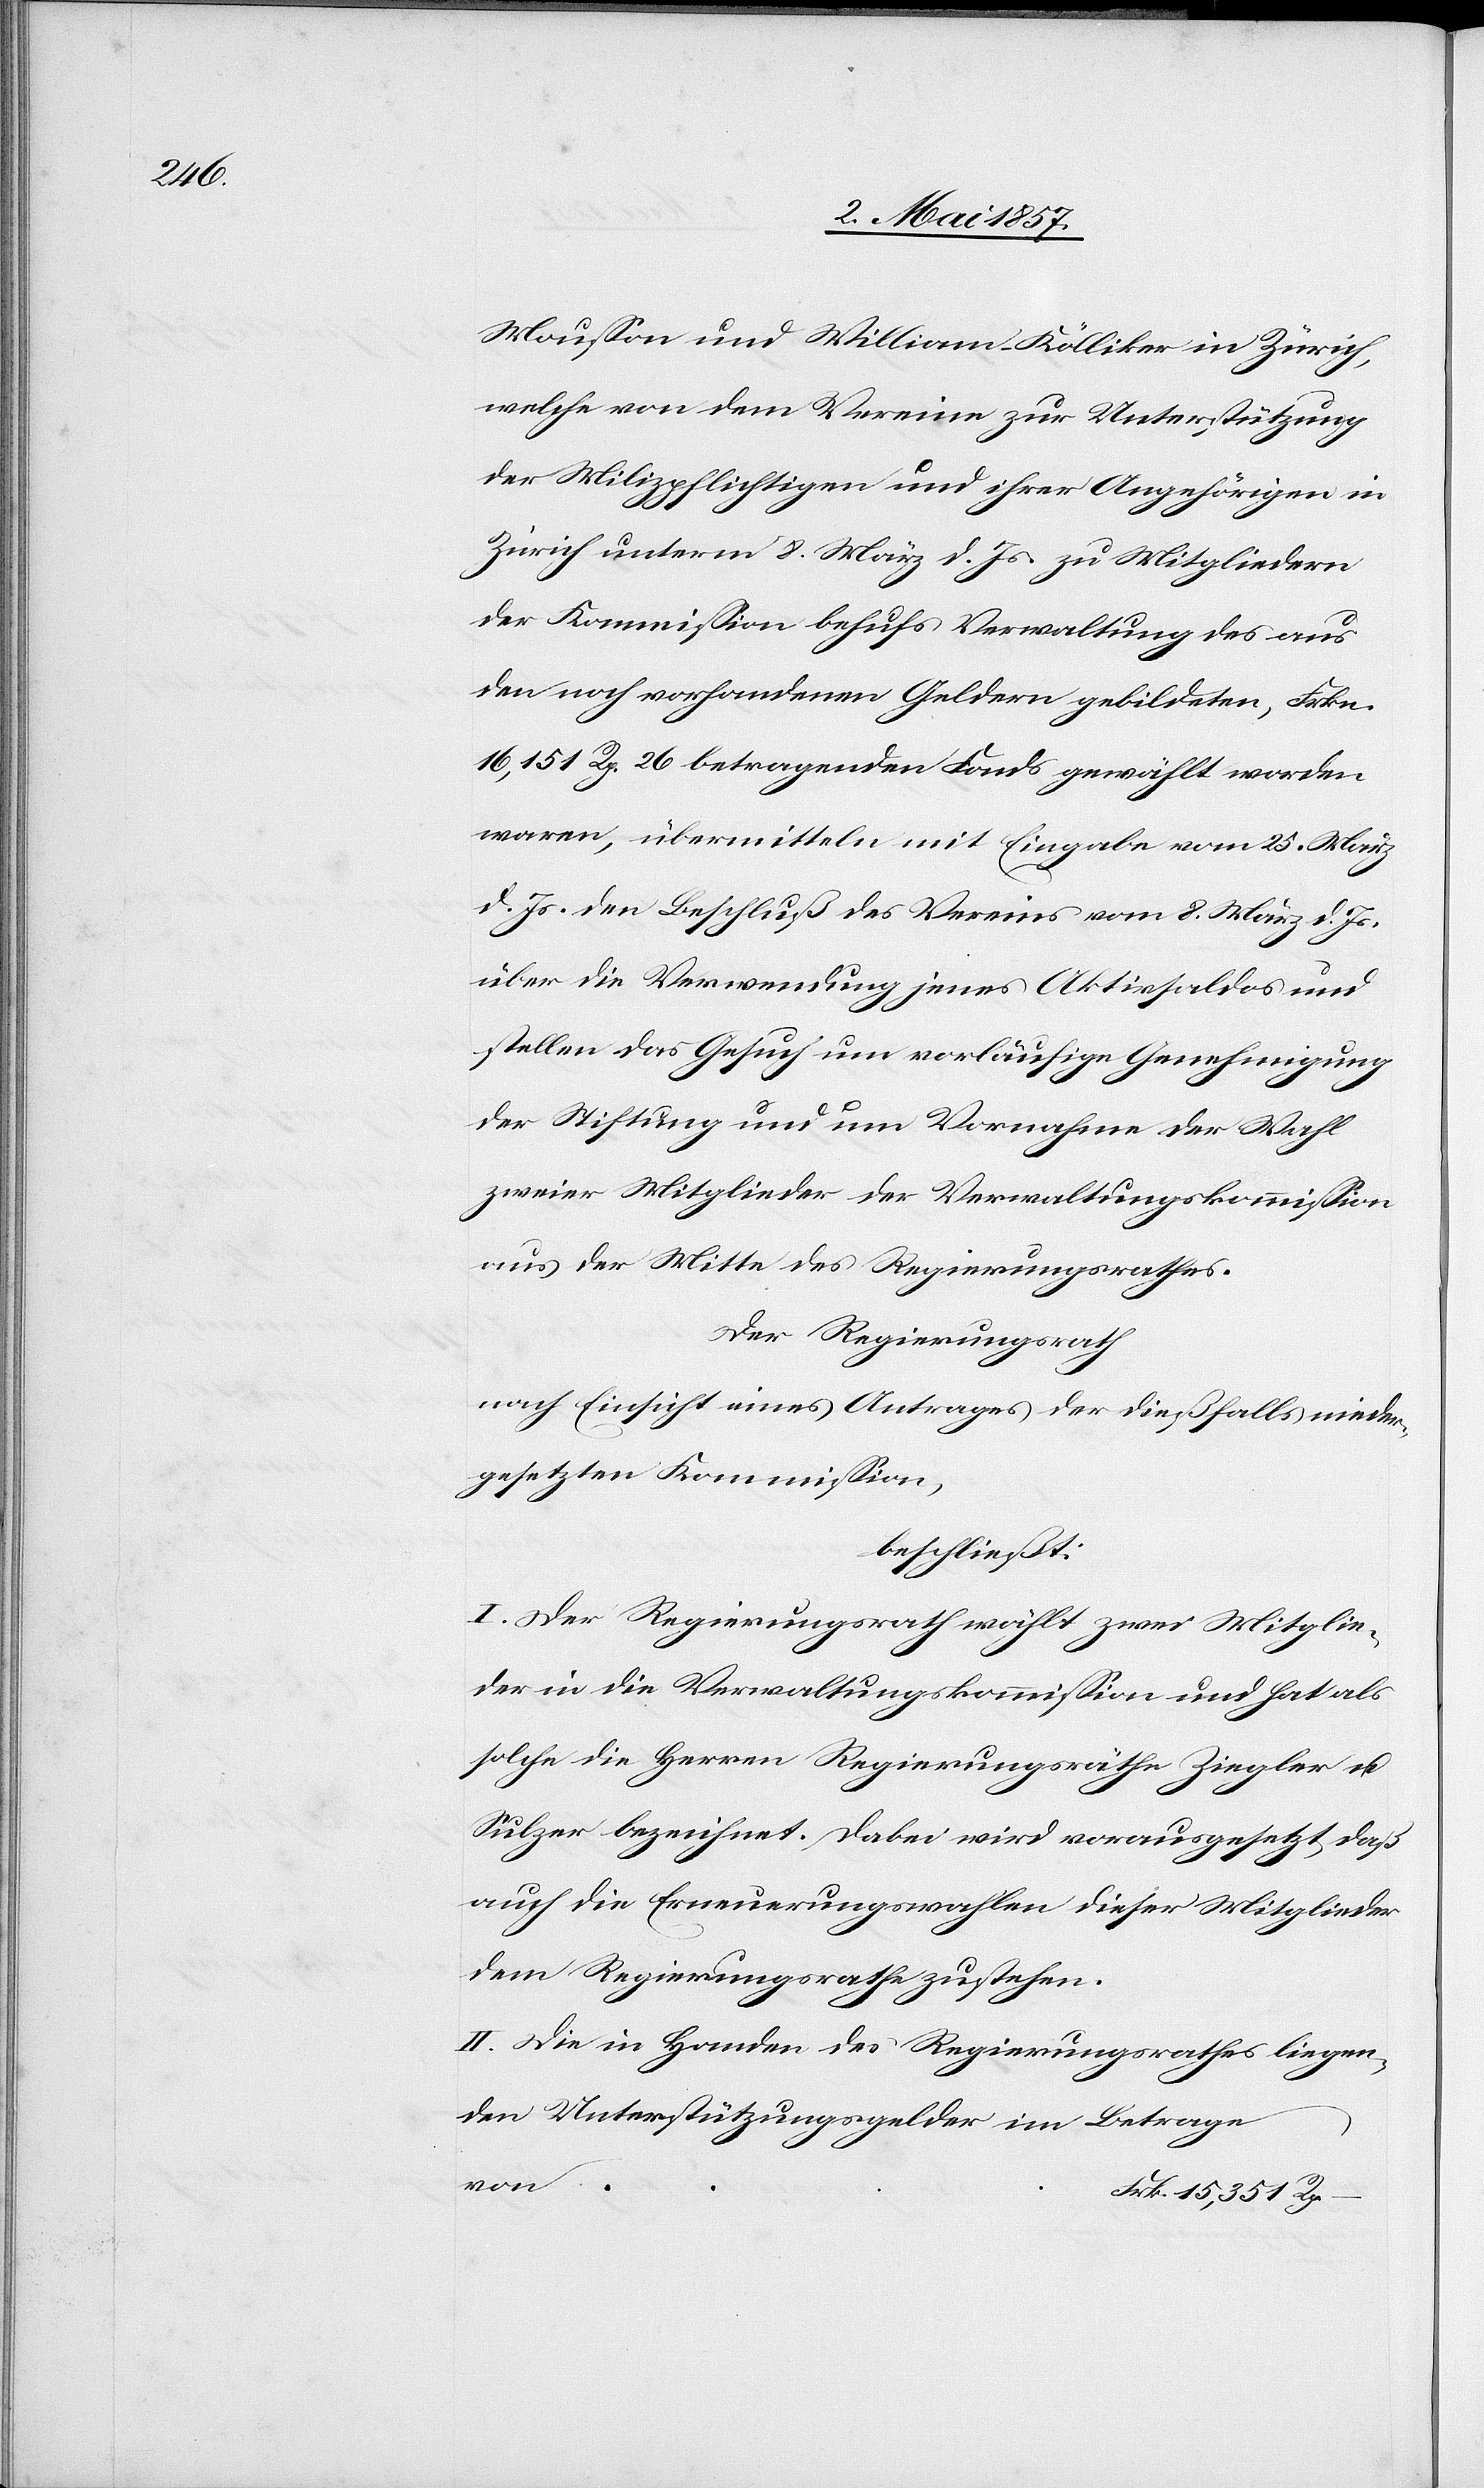
Moußon und William Kölliker in Zürich,
welche von dem Vereine zur Unterstützung
der Milizpflichtigen und ihrer Angehörigen in
Zürich unterm 8 März d. Js. zu Mitgliedern
der Kommission behufs Verwaltung des aus
den noch vorhandenen Geldern gebildeten, Frkn.
16,151 Rp. 26 betragenden Fonds gewählt worden
waren, übermitteln mit Eingabe vom 25 März
d. Js. den Beschluß des Vereins vom 8 März d. Js.
über die Verwendung jenes Aktivsaldos und
stellen das Gesuch um vorläufige Genehmigung
der Stiftung und um Vornahme der Wahl
zweier Mitglieder der Verwaltungskommission
aus der Mitte des Regierungsrathes.
Der Regierungsrath
nach Einsicht eines Antrages der dießfalls nieder¬
gesetzten Kommission,
beschließt:
I. Der Regierungsrath wählt zwei Mitglie¬
der in die Verwaltungskommission und hat als
solche die Herren Regierungsräthe Ziegler u.
Sulzer bezeichnet. Dabei wird vorausgesetzt, daß
auch die Erneuerungswahlen dieser Mitglieder
dem Regierungsrathe zustehen.
II. Die in Handen des Regierungsrathes liegen¬
den Unterstützungsgelder im Betrage
von
Frk. 15,351 Rp.